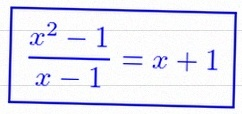
\frac{x^2-1}{x-1}=x+1